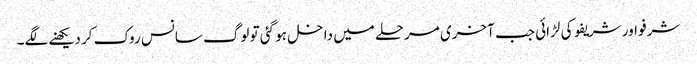
شرفو اور شریفو کی لڑائی جب آخری مرحلے میں داخل ہو گئی تو لوگ سانس روک کر دیکھنے لگے۔